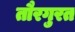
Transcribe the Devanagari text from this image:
तौरगुरत